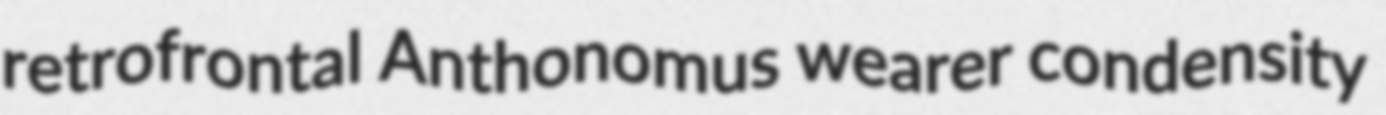
retrofrontal Anthonomus wearer condensity